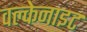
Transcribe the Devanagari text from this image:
वल्केनाइट